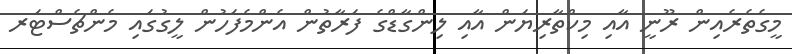
މީގެތެރެއިން ރޫނީ އާއި މިކްތާރިޔަން އާއި ލިންގާޑްގެ ފަރާތުން އެންމެފަހުން ލީގުގައި މެންޗެސްޓަރ